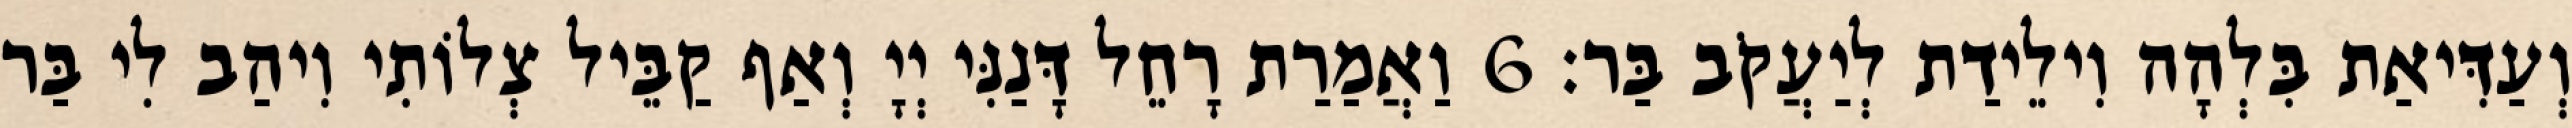
וְעַדִּיאַת בִּלְהָה וִילֵידַת לְיַעֲקֹב בַּר׃ 6 וַאֲמַרַת רָחֵל דָּנַנִּי יְיָ וְאַף קַבֵּיל צְלוֹתִי וִיהַב לִי בַּר